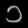
Digit: ၁